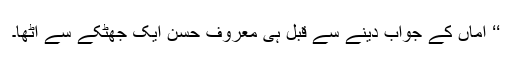
‘‘ اماں کے جواب دینے سے قبل ہی معروف حسن ایک جھٹکے سے اٹھا۔